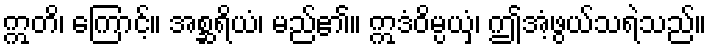
ဣတိ၊ ကြောင့်။ အစ္ဆရိယံ၊ မည်၏။ ဣဒံဝိမ္ပယှံ၊ ဤအံ့ဖွယ်သရဲသည်။